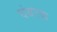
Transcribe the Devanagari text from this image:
चंबरक